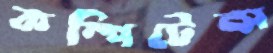
কম্পিটেন্স